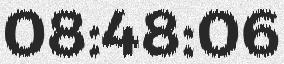
08:48:06